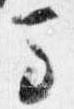
馬